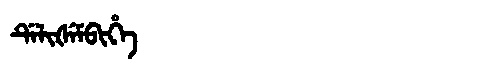
Manchu: ᡩᡝᠯᡳᡧᡝᠮᠪᡳᡥᡝ
Romanization: DELIŠEMBIHE